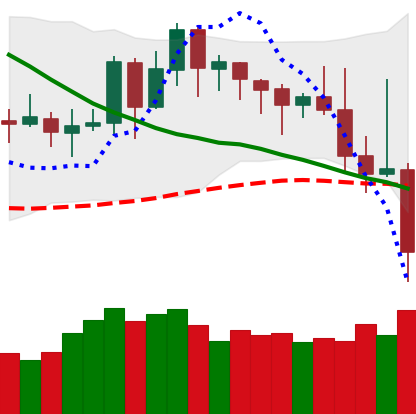
Ticker: DOGE-USD
Chart end date: 2019-11-21
Forward return: -5.565%
Label: down_5_7